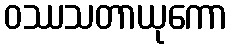
ဝဿသတာယုကော